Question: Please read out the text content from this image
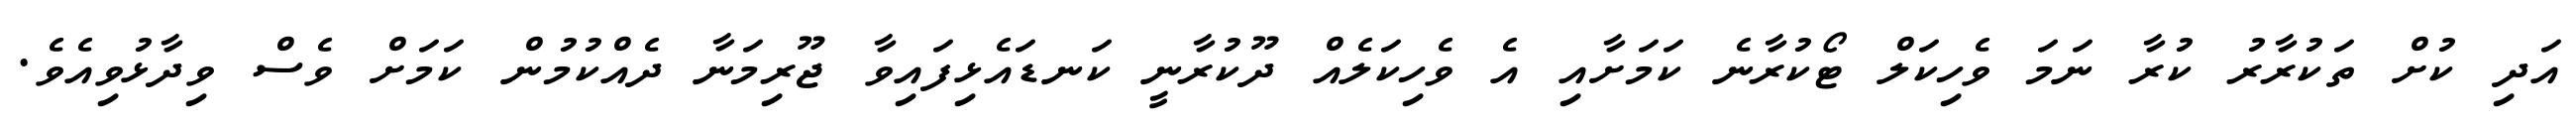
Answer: އަދި ކުށް ތަކުރާރު ކުރާ ނަމަ ވެހިކަލް ޓޯކުރާނެ ކަމަށާއި އެ ވެހިކަލެއް ދޫކުރާނީ ކަނޑައެޅިފައިވާ ޖޫރިމަނާ ދެއްކުމުން ކަމަށް ވެސް ވިދާޅުވިއެވެ.